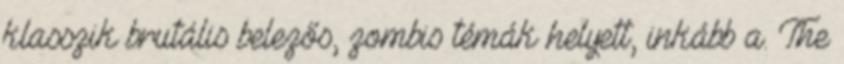
klasszik brutális belezős, zombis témák helyett, inkább a. The